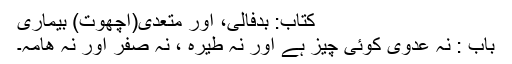
کتاب: بدفالی، اور متعدی(اچھوت) بیماری
باب : نہ عدوی کوئی چیز ہے اور نہ طیرہ ، نہ صفر اور نہ ھامہ۔